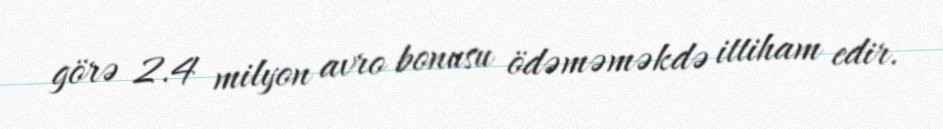
görə 2.4 milyon avro bonusu ödəməməkdə ittiham edir.